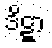
ဒိဋ္ဋာ